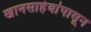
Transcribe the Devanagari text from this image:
खानसाहेबांपासून